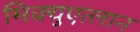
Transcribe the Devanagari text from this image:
मिक्युएत्लान